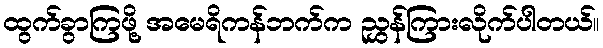
ထွက်ခွာကြဖို့ အမေရိကန်ဘက်က ညွှန်ကြားလိုက်ပါတယ်။